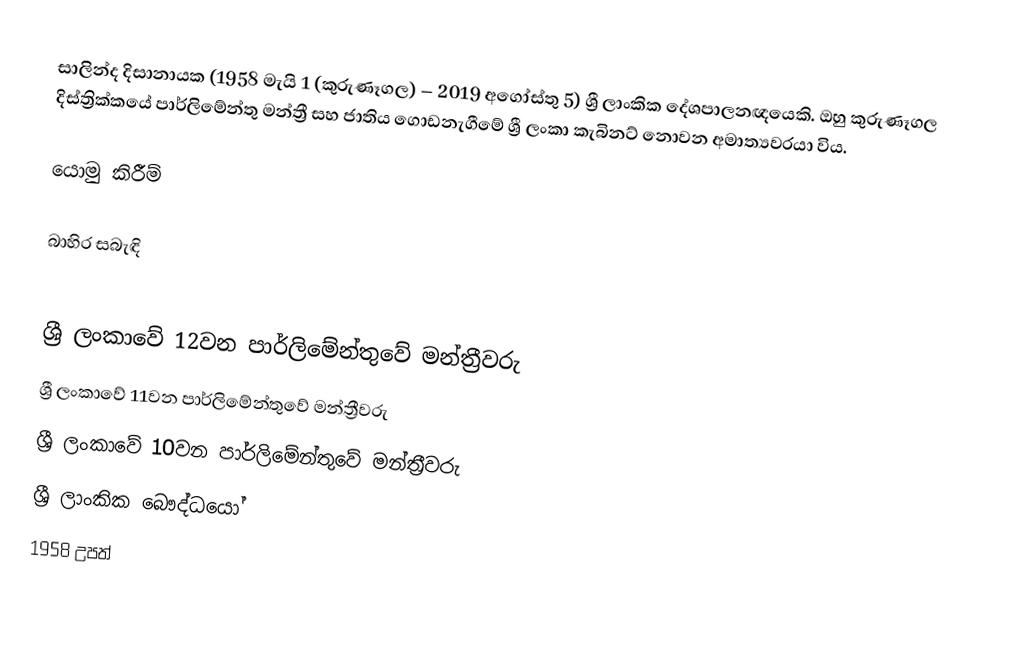
සාලින්ද දිසානායක (1958 මැයි 1 (කුරුණෑගල) – 2019 අගෝස්තු 5) ශ්‍රී ලාංකික දේශපාලනඥයෙකි. ඔහු කුරුණෑගල දිස්ත්‍රික්කයේ පාර්ලිමේන්තු මන්ත්‍රී සහ ජාතිය ගොඩනැගීමේ ශ්‍රී ලංකා කැබිනට් නොවන අමාත්‍යවරයා විය.

යොමු කිරීම්

බාහිර සබැඳි

ශ්‍රී ලංකාවේ 12වන පාර්ලිමේන්තුවේ මන්ත්‍රීවරු
ශ්‍රී ලංකාවේ 11වන පාර්ලිමේන්තුවේ මන්ත්‍රීවරු
ශ්‍රී ලංකාවේ 10වන පාර්ලිමේන්තුවේ මන්ත්‍රීවරු
ශ්‍රී ලාංකික බෞද්ධයෝ
1958 උපත්